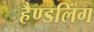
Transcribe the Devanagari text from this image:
हैण्डलिंग